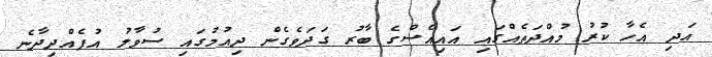
އަދި އެހާ ކުރު މުއްދަތެއްގައި އައިއެސްގެ ބާރު ގަދަވެގެން ދިއުމުގައި ސުވާލު އުފެއްދިދާނެ